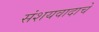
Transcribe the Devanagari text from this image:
संशयवादाचे